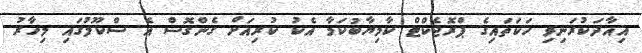
އިއާދަކުރަނިވި ހަކަތައިގެ ޕްރޮޖެކްޓް ކާމިޔާބުކަމާ އެކު ކުރިއަށް ގެންގޮސް އެ ސްކޫލުގައި މިހާރު